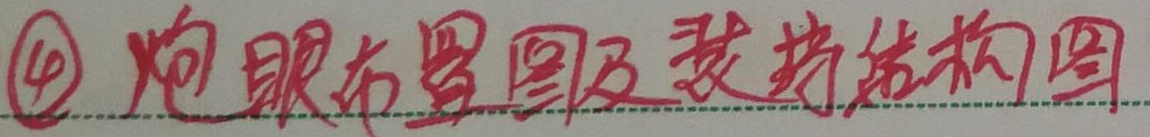
\textcircled{4} 炮眼布置图及装药结构图